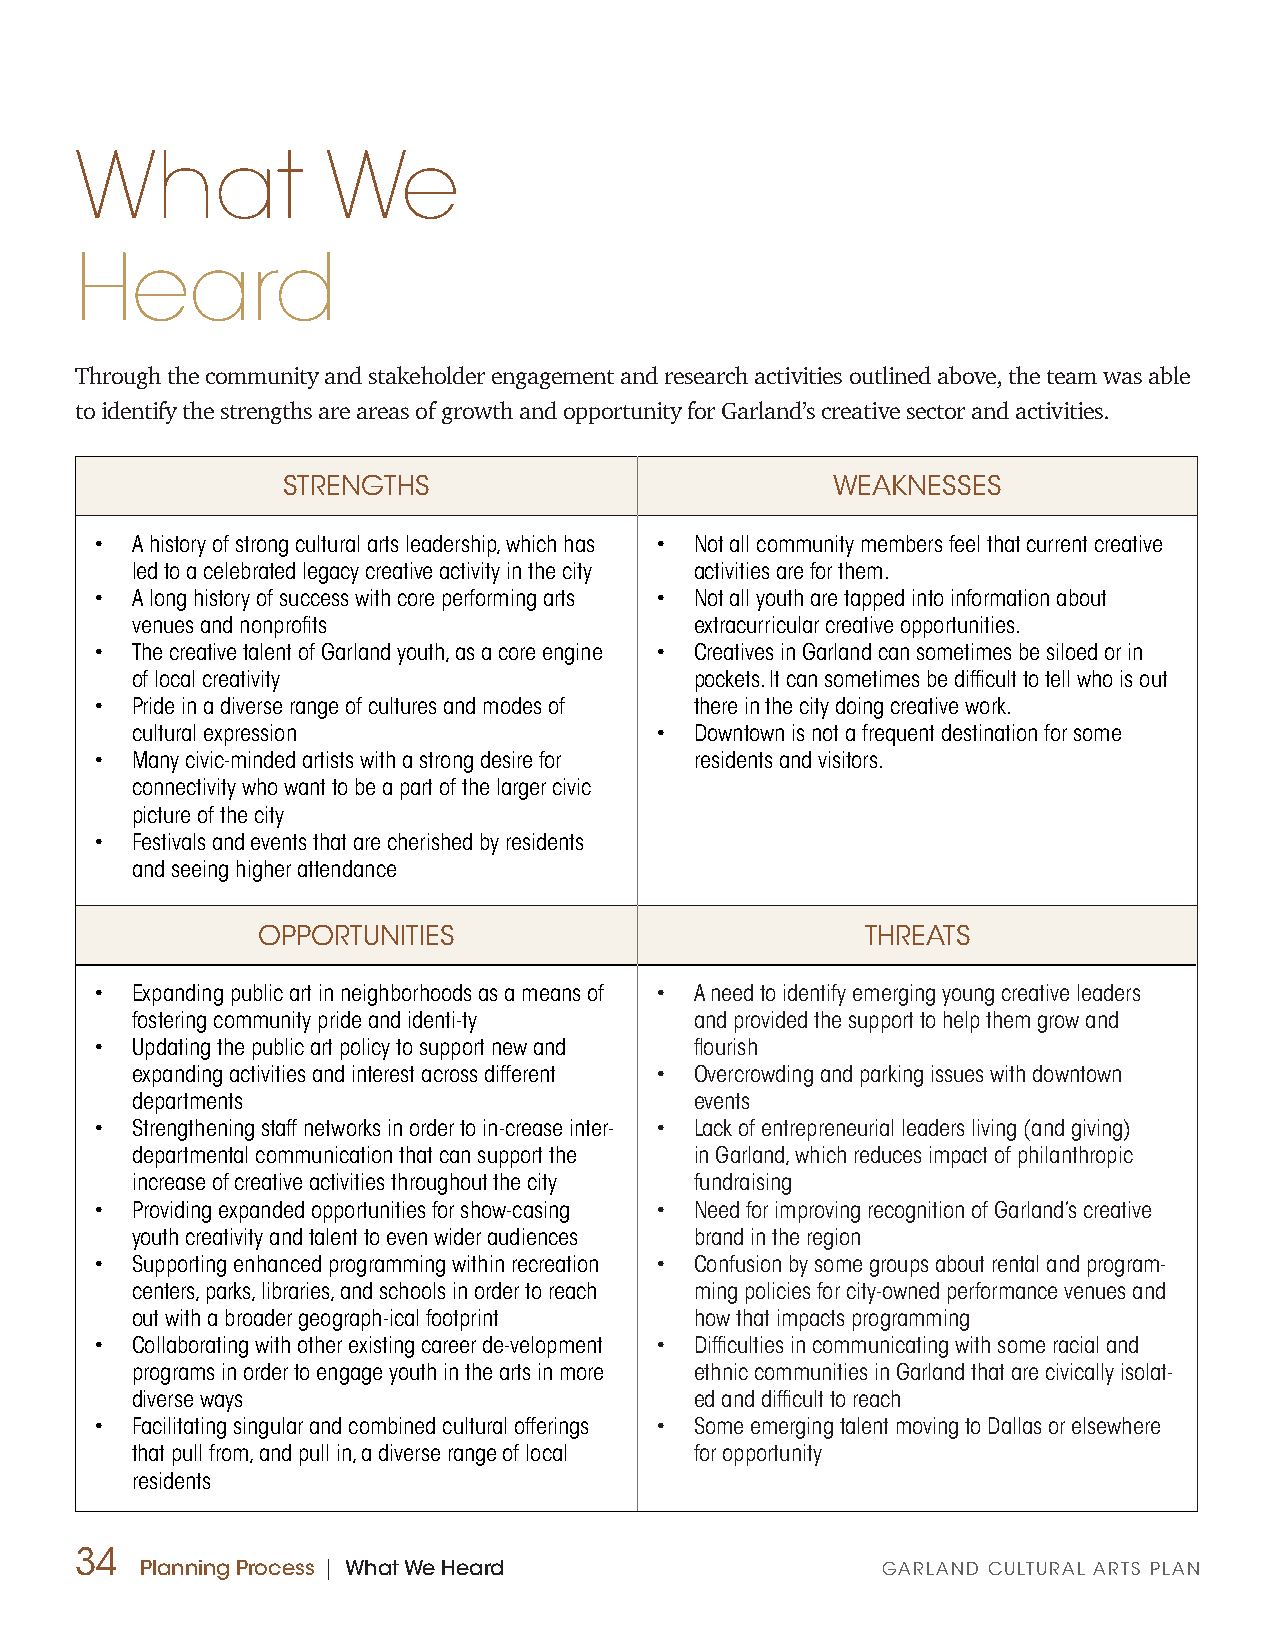
What             We
 Heard
 Through the community and stakeholder engagement and research activities outlined above, the team was able
 to identify the strengths are areas of growth and opportunity for Garland’s creative sector and activities.
 STRENGTHS                           WEAKNESSES
 •  A history of strong cultural arts leadership, which has • Not all community members feel that current creative
 led to a celebrated legacy creative activity in the city activities are for them.
 •  A long history of success with core performing arts • Not all youth are tapped into information about
 venues and nonprofits                extracurricular creative opportunities.
 •  The creative talent of Garland youth, as a core engine • Creatives in Garland can sometimes be siloed or in
 of local creativity                  pockets. It can sometimes be difficult to tell who is out
 •  Pride in a diverse range of cultures and modes of there in the city doing creative work.
 cultural expression               •  Downtown is not a frequent destination for some
 •  Many civic-minded artists with a strong desire for residents and visitors.
 connectivity who want to be a part of the larger civic
 picture of the city
 •  Festivals and events that are cherished by residents
 and seeing higher attendance
 OPPORTUNITIES                           THREATS
 •  Expanding public art in neighborhoods as a means of • A need to identify emerging young creative leaders
 fostering community pride and identi-ty and provided the support to help them grow and
 •  Updating the public art policy to support new and flourish
 expanding activities and interest across different • Overcrowding and parking issues with downtown
 departments                          events
 •  Strengthening staff networks in order to in-crease inter- • Lack of entrepreneurial leaders living (and giving)
 departmental communication that can support the in Garland, which reduces impact of philanthropic
 increase of creative activities throughout the city fundraising
 •  Providing expanded opportunities for show-casing • Need for improving recognition of Garland’s creative
 youth creativity and talent to even wider audiences brand in the region
 •  Supporting enhanced programming within recreation • Confusion by some groups about rental and program-
 centers, parks, libraries, and schools in order to reach ming policies for city-owned performance venues and
 out with a broader geograph-ical footprint how that impacts programming
 •  Collaborating with other existing career de-velopment • Difficulties in communicating with some racial and
 programs in order to engage youth in the arts in more ethnic communities in Garland that are civically isolat-
 diverse ways                         ed and difficult to reach
 •  Facilitating singular and combined cultural offerings • Some emerging talent moving to Dallas or elsewhere
 that pull from, and pull in, a diverse range of local for opportunity
 residents
 34
 Planning Process | What We Heard                 GARLAND CULTURAL ARTS PLAN